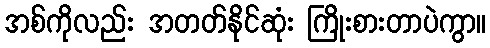
အစ်ကိုလည်း အတတ်နိုင်ဆုံး ကြိုးစားတာပဲကွာ။